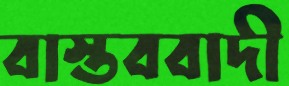
বাস্তববাদী